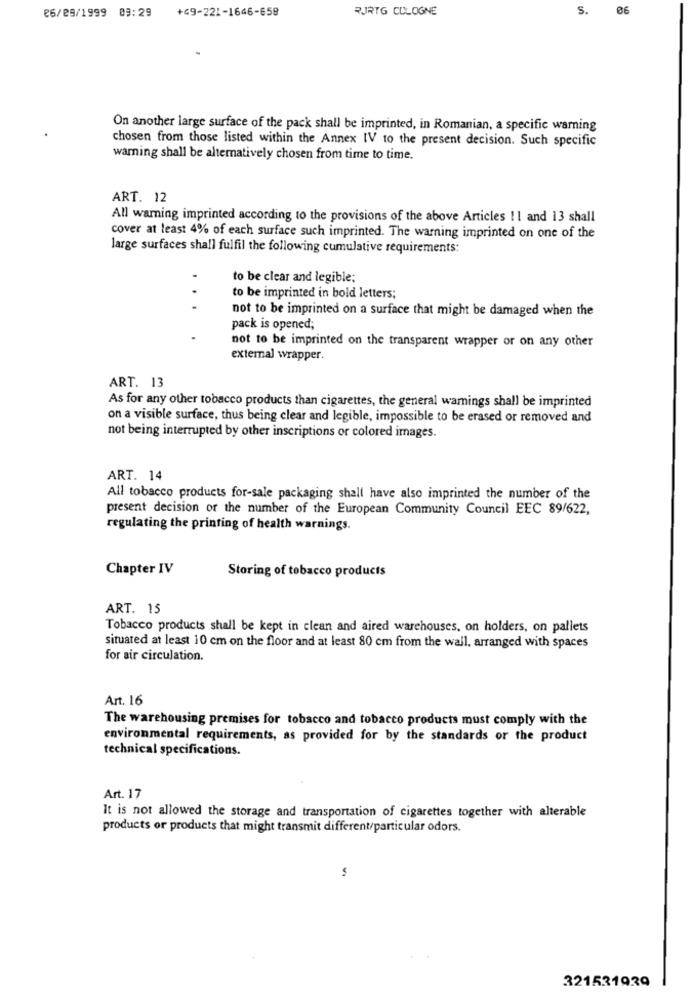
26/29/1999 09:29
+49-221-1646-658
RUIRTG COLOGNE
S.
06
On another large surface of the pack shall be imprinted, in Romanian, a specific warning
chosen from those listed within the Annex IV to the present decision. Such specific
warning shall be alternatively chosen from time to time.
ART. 12
All warning imprinted according to the provisions of the above Articles 1 1 and 13 shall
cover at least 4% of each surface such imprinted. The warning imprinted on one of the
large surfaces shall fulfil the following cumulative requirements:
to be clear and legible;
to be imprinted in bold letters;
...
not to be imprinted on a surface that might be damaged when the
pack is opened;
not to be imprinted on the transparent wrapper or on any other
external wrapper.
ART. 13
As for any other tobacco products than cigarettes, the general warnings shall be imprinted
on a visible surface, thus being clear and legible, impossible to be erased or removed and
not being interrupted by other inscriptions or colored images.
ART. 14
All tobacco products for-sale packaging shall have also imprinted the number of the
present decision or the number of the European Community Council EEC 89/622,
regulating the printing of health warnings.
Chapter IV
Storing of tobacco products
ART. 15
Tobacco products shall be kept in clean and aired warehouses, on holders, on pallets
situated at least 10 cm on the floor and at least 80 cm from the wall, arranged with spaces
for air circulation.
Art. 16
The warehousing premises for tobacco and tobacco products must comply with the
environmental requirements, as provided for by the standards or the product
technical specifications.
Art. 17
It is not allowed the storage and transportation of cigarettes together with alterable
products or products that might transmit different/particular odors.
321531929